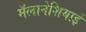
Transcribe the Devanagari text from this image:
मॅलानेशियाई